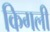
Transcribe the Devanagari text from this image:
किगली